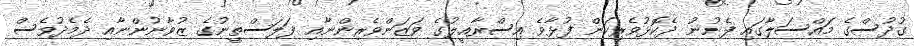
ގުދުސްގެ މައްސަލާގައި ފެށުނު ދެކޮޅުވެރިކަން ފުޅާވެ އިސްރާއީލުގެ ވަޒަންވެރިންނާއި ފަލަސްތީނުގެ ޒުވާނުންނާއި ދެމެދުވެސް